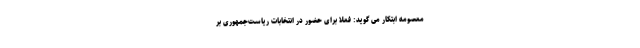
معصومه ابتکار می گوید: فعلا برای حضور در انتخابات ریاست‌جمهوری بر